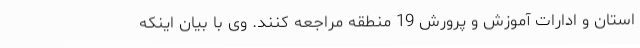
استان و ادارات آموزش و پرورش 19 منطقه مراجعه کنند. وی با بیان اینکه